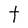
Character: t